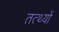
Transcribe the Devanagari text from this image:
तत्थ्यों